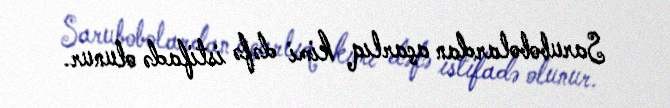
Sarubobolardan açarlıq kimi dəfə istifadə olunur.